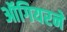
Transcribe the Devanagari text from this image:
ऑगियरने